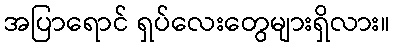
အပြာရောင် ရှပ်လေးတွေများရှိလား။